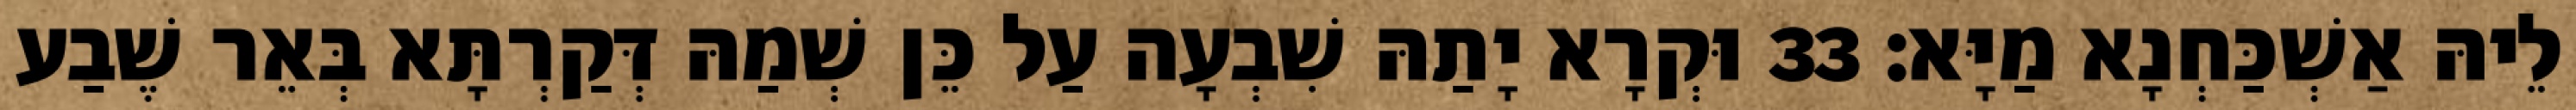
לֵיהּ אַשְׁכַּחְנָא מַיָּא׃ 33 וּקְרָא יָתַהּ שִׁבְעָה עַל כֵּן שְׁמַהּ דְּקַרְתָּא בְּאֵר שֶׁבַע